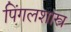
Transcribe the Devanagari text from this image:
पिंगलशास्त्र